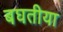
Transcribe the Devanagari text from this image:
बघतीया